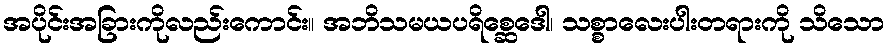
အပိုင်းအခြားကိုလည်းကောင်း။ အဘိသမယပရိစ္ဆေဒေါ၊ သစ္စာလေးပါးတရားကို သိသော